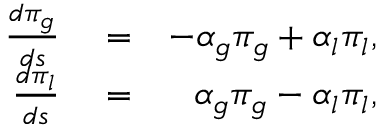
\begin{array} { r l r } { \frac { d \pi _ { g } } { d s } } & { { } = } & { - \alpha _ { g } \pi _ { g } + \alpha _ { l } \pi _ { l } , } \\ { \frac { d \pi _ { l } } { d s } } & { { } = } & { \alpha _ { g } \pi _ { g } - \alpha _ { l } \pi _ { l } , } \end{array}